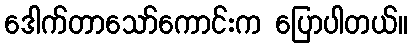
ဒေါက်တာသော်ကောင်းက ပြောပါတယ်။